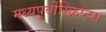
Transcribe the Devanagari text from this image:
मध्यपूर्वीस्क्रिप्ट्स